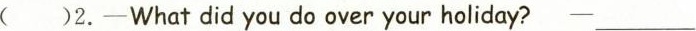
( )2.—Whatdid you do over your holiday? —___